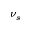
\nu _ { s }